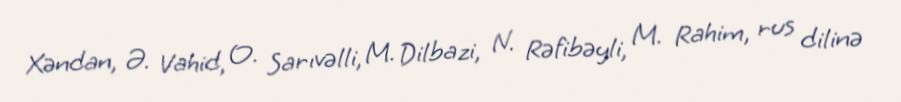
Xəndan, Ə. Vahid, O. Sarıvəlli, M. Dilbazi, N. Rəfibəyli, M. Rahim, rus dilinə